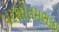
પરશોતમભાઇ